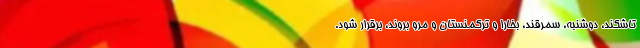
تاشکند، دوشنبه، سمرقند، بخارا و ترکمنستان و مرو بروند، برقرار شود.